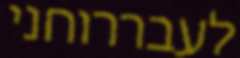
לעבררוחני